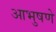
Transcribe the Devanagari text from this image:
आभुषणे